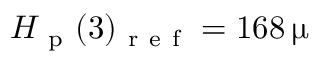
H _ { \mathrm { ~ p ~ } } ( 3 ) _ { \mathrm { ~ r ~ e ~ f ~ } } = 1 6 8 \, \upmu